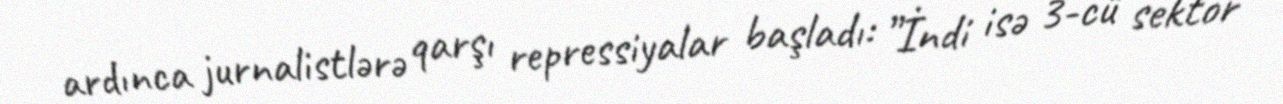
ardınca jurnalistlərə qarşı repressiyalar başladı: ”İndi isə 3-cü sektor